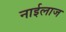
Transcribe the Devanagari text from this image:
नाईलाज